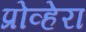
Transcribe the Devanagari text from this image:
प्रोव्हेरा